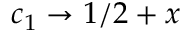
c _ { 1 } \rightarrow 1 / 2 + x